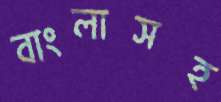
বাংলাসহ